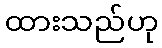
ထားသည်ဟု